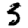
Digit: 3